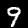
Digit: 9